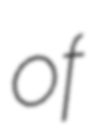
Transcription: of